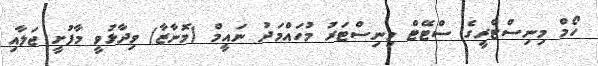
ހޯމް މިނިސްޓްރީގެ ސްޓޭޓް މިނިސްޓަރު މުހައްމަދު ނައީމް (މޮނާޒާ) ވިދާޅުވީ މާފުށީ ޖަލާއި